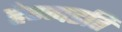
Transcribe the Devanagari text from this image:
हेग्गडति